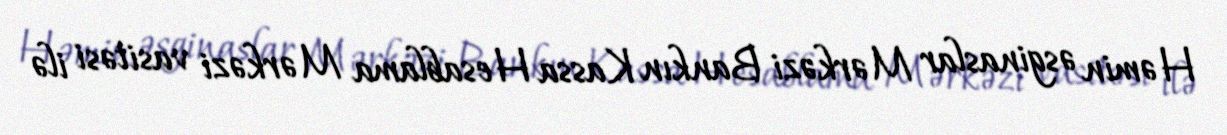
Həmin əsginaslar Mərkəzi Bankın Kassa Hesablama Mərkəzi vasitəsi ilə